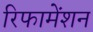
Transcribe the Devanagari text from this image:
रिफामेंशन